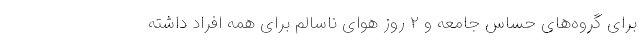
برای گروه‌های حساس جامعه و ۲ روز هوای ناسالم برای همه افراد داشته